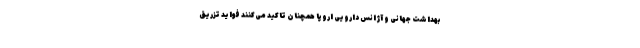
بهداشت جهانی و آژانس دارویی اروپا همچنان تاکید می‌کنند فواید تزریق